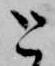
と